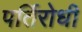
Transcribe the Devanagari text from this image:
पर्तिरोधी